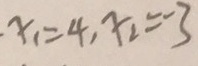
x _ { 1 } = 4 , x _ { 2 } = 3